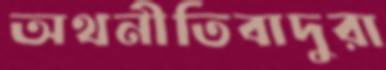
অথনীতিবাদুরা